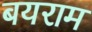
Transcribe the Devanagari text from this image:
बयराम